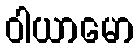
ဝါယာမော